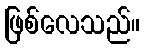
ဖြစ်လေသည်။